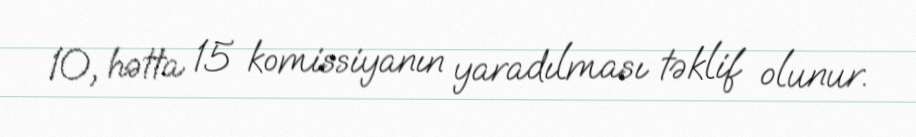
10, hətta 15 komissiyanın yaradılması təklif olunur.